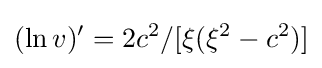
(\ln v)'=2c^{2}/[\xi (\xi ^{2}-c^{2})]